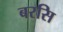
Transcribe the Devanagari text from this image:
बरसि